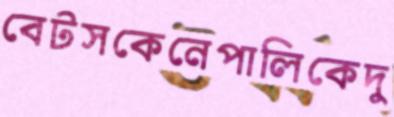
বেটসকেনেপালিকেদু